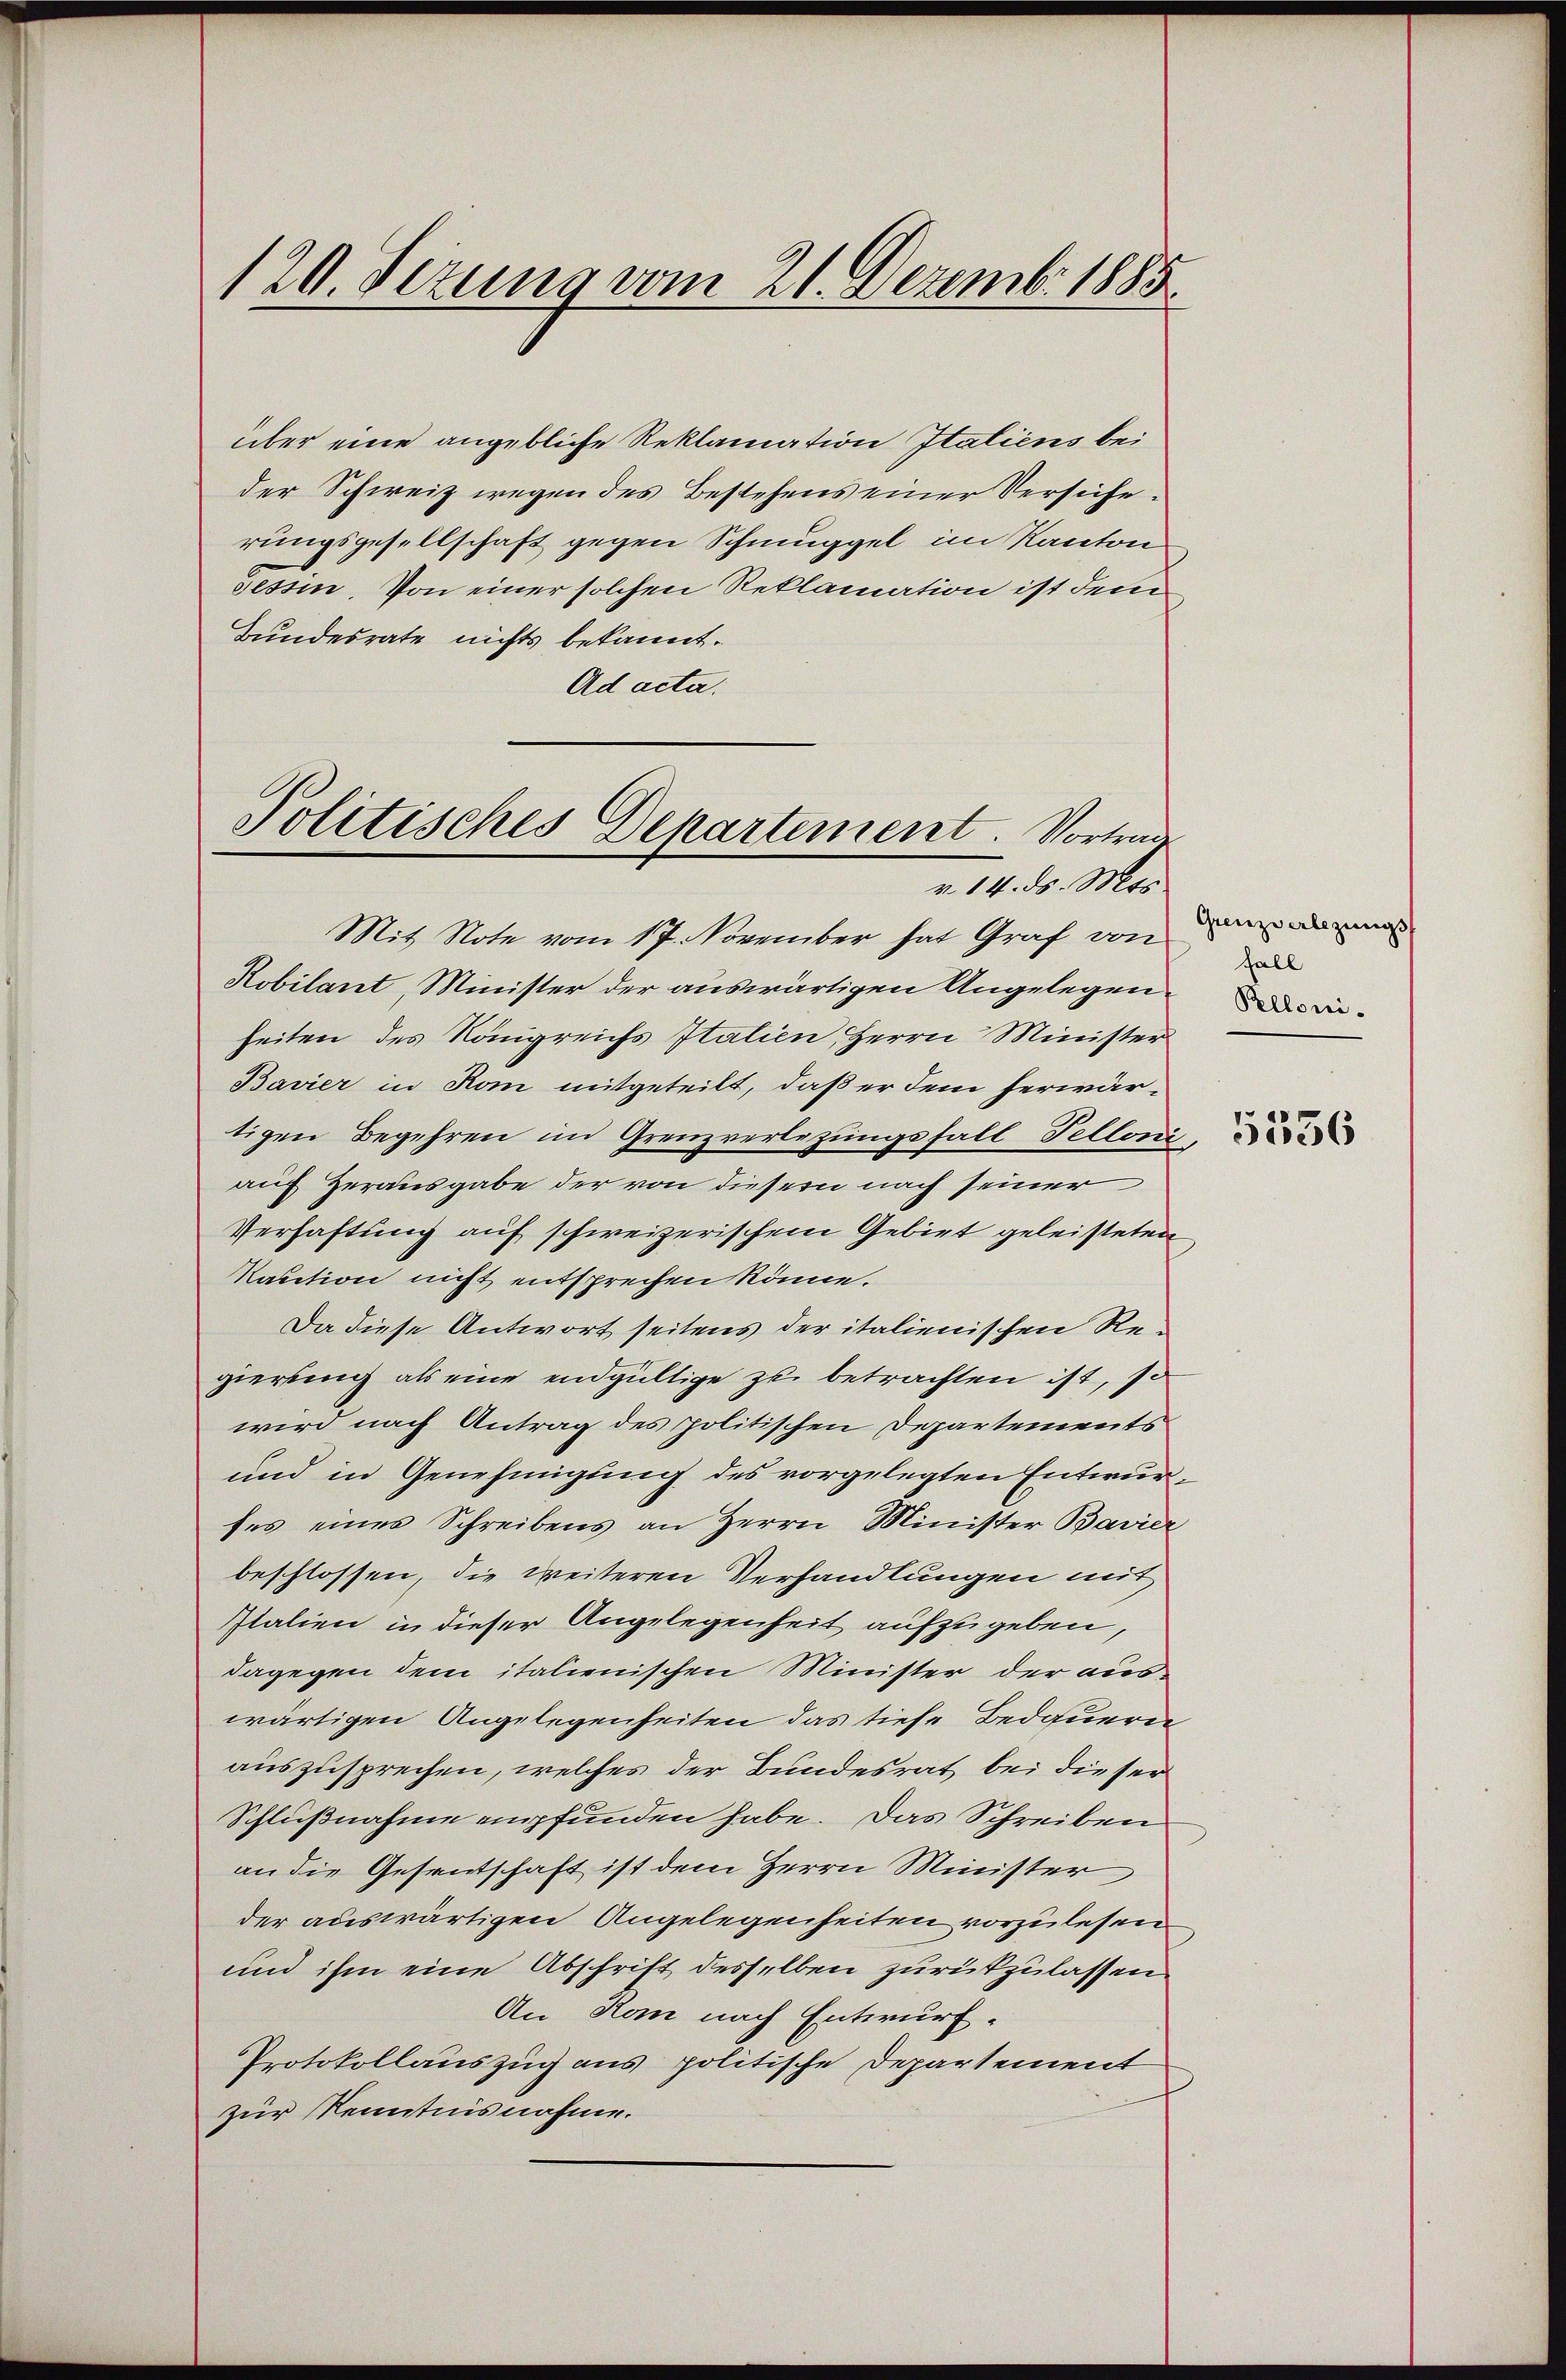
120. Jezung vom 21. Dezemb. 1885.

über eine angebliche Reklamation Italiens bei
der Schweiz wegen des Bestehens einer Versicherungsgesellschaft gegen Schmuggel im Kanton
sessin. Von einer solchen Reklamation ist dem
Bundesrate nichts bekannt.
Ad acta.
Mit Note vom 17. November hat Graf von
Robilant, Minister der auswärtigen Angelegenheiten des Königreichs Italien, Herrn Minister
Bavier in Rom mitgeteilt, daß er dem herwärtigen Begehren im Grenzverlegungsfall Pelloni
auf Herausgabe der von dieser nach seiner
Verhaftung auf schweizerischem Gebiet geleisteten
Kaution nicht entsprechen könne.
Da diese Antwort seitens der italienischen Regierung als eine endgültige zu betrachten ist, so
wird nach Antrag des politischen Departements
und in Genehmigung des vorgelegten Entwurfes eines Schreibens an Herrn Minister Bavier
beschlossen, die weiteren Verhandlungen mit
Italien in dieser Angelegenheit aufzugeben,
dagegen dem italienischen Minister der auswärtigen Angelegenheiten das tiefe Bedauern
auszusprechen, welches der Bundesrat bei dieser
Schlußnahme empfunden habe. Das Schreiben
an die Gesentschaft ist dem Herrn Minister
der adswärtigen Angelegenheiten vorzulesen
und ihm eine Abschrift desselben zurückzulassen.
An Rom nach Entwurf.
Protokollauszug aus politische Departement
zur Kenntnisnahme.

Politisches Departement. Vortrag
v. 14. ds. Mts.

Grenzverlegŭngs-
fall
Pelloni.

3

5536